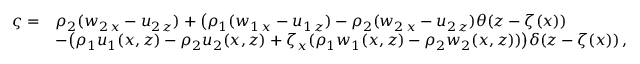
\begin{array} { r l } { \varsigma = } & { \rho _ { 2 } ( w _ { 2 \, x } - u _ { 2 \, z } ) + \big ( \rho _ { 1 } ( w _ { 1 \, x } - u _ { 1 \, z } ) - \rho _ { 2 } ( w _ { 2 \, x } - u _ { 2 \, z } ) \theta ( z - \zeta ( x ) ) } \\ & { - \big ( \rho _ { 1 } u _ { 1 } ( x , z ) - \rho _ { 2 } u _ { 2 } ( x , z ) + \zeta _ { x } ( \rho _ { 1 } w _ { 1 } ( x , z ) - \rho _ { 2 } w _ { 2 } ( x , z ) ) \big ) \delta ( z - \zeta ( x ) ) \, , } \end{array}